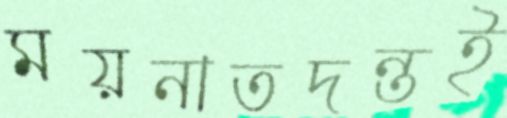
ময়নাতদন্তই